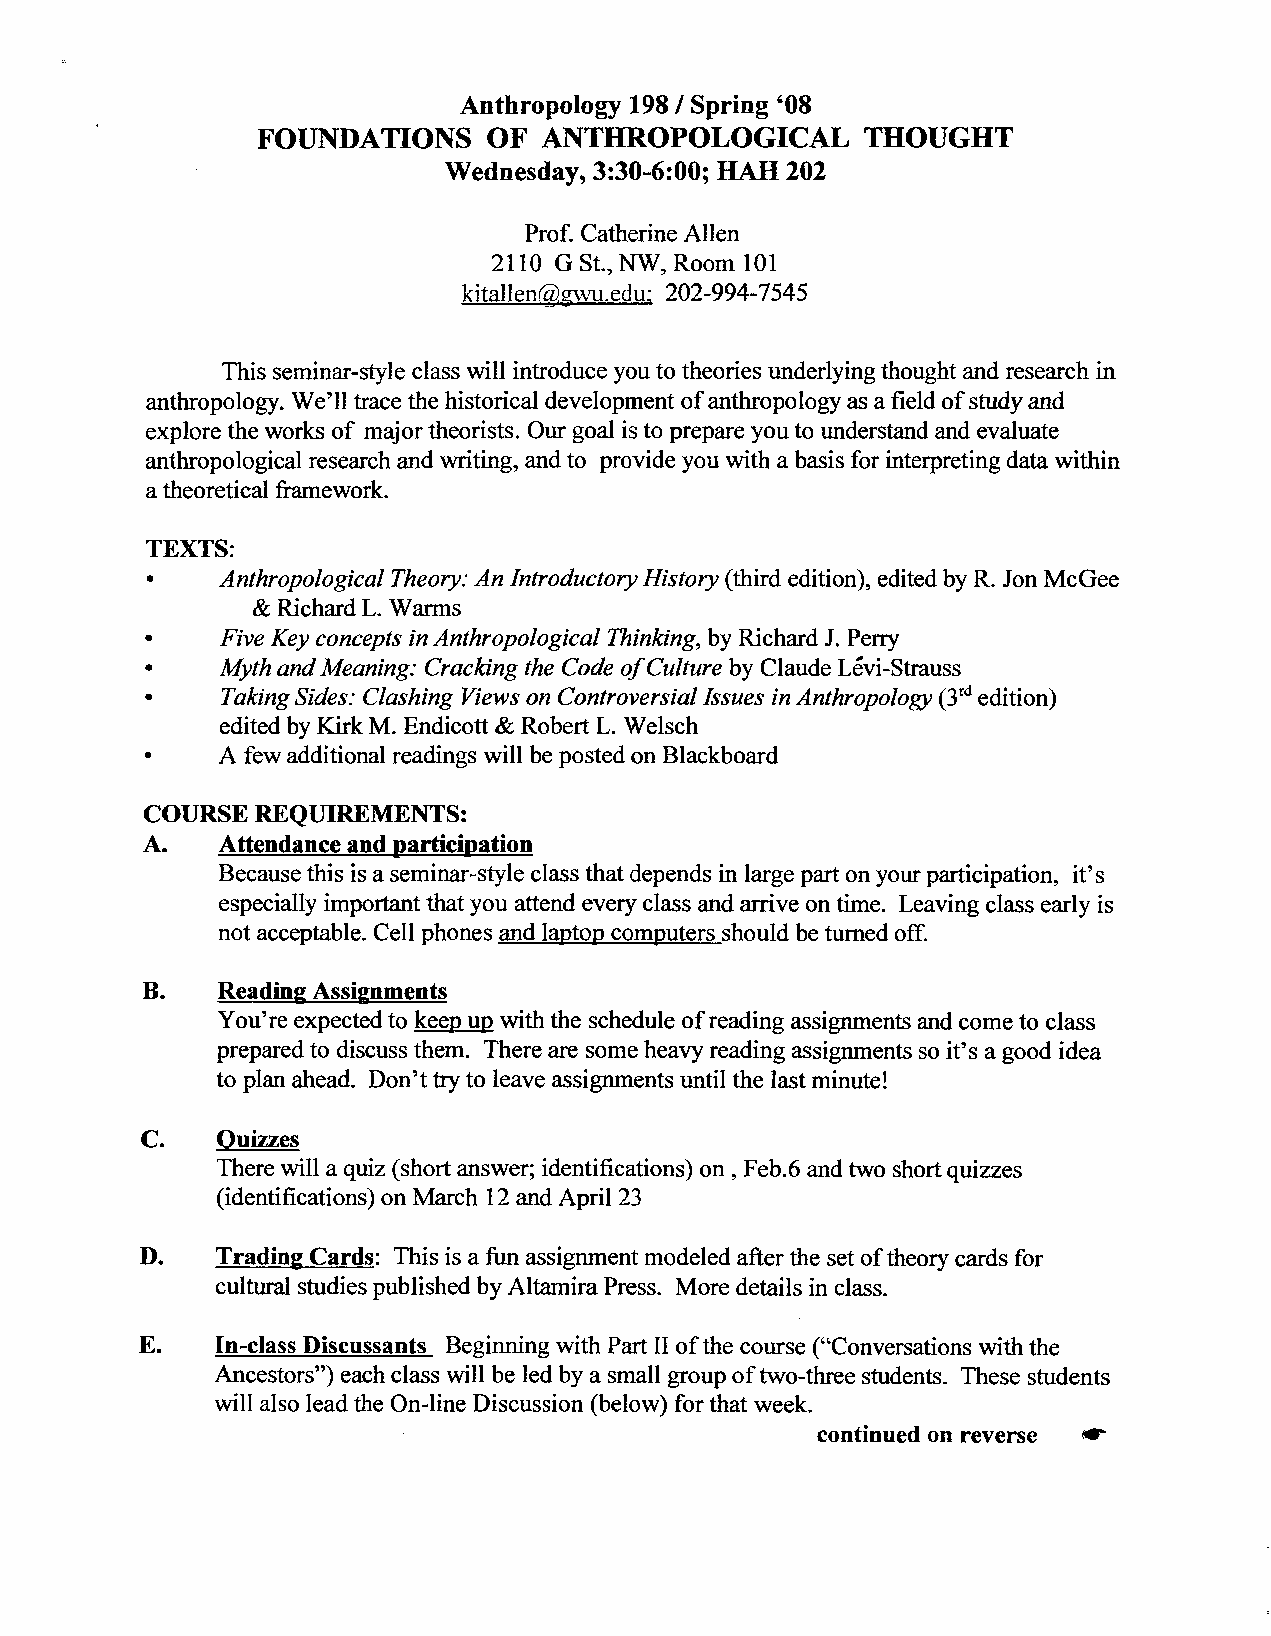
Anthropology 198 1 Spring '08
 FOUNDATIONS    OF  ANTHROPOLOGICAL      THOUGHT
 Wednesday, 3:30-6:OO; HAH 202
 Prof. Catherine Allen
 2110 G St.,NW, Room 101
 kitallen@.izwu.edu; 202-994-7545
 This seminar-style class will introduce you to theories underlying thought and research in
 anthropology. We'll trace the historical development of anthropology as a field of study and
 explore the works of major theorists. Our goal is to prepare you to understand and evaluate
 anthropological research and writing, and to provide you with a basis for interpreting data within
 a theoretical framework.
 TEXTS:
 Anthropological Theory: An Introductory History (third edition), edited by R. Jon McGee
 & Richard L. Warms
 •    Five Key concepts in Anthropological Thinking, by Richard J. Perry
 Myth and Meaning: Cracking the Code ofculture by Claude L6vi-Strauss
 a    Taking Sides: Clashing Views on Controversial Issues in Anthropology (3rde dition)
 edited by Kirk M. Endicott & Robert L. Welsch
 a    A few additional readings will be posted on Blackboard
 COURSE REQUIREMENTS:
 A.   Attendance and ~artici~ation
 Because this is a seminar-style class that depends in large part on your participation, it's
 especially important that you attend every class and arrive on time. Leaving class early is
 not acceptable. Cell phones and laptop computers should be turned off.
 B.  read in^ Assimments
 You're expected to keep up with the schedule of reading assignments and come to class
 prepared to discuss them. There are some heavy reading assignments so it's a good idea
 to plan ahead. Don't try to leave assignments until the last minute!
 C.   Quizzes
 There will a quiz (short answer; identifications) on, Feb.6 and two short quizzes
 (identifications) on March 12 and April 23
 D.   Tradin~C ards: This is a fun assignment modeled after the set of theory cards for
 cultural studies published by Altamira Press. More details in class.
 E.   In-class Discussants Beginning with Part I1 of the course ("Conversations with the
 Ancestors") each class will be led by a small group of two-three students. These students
 will also lead the On-line Discussion (below) for that week.
 *
 continued on reverse